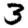
Digit: 3